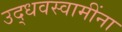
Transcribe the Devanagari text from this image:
उद्धवस्वामींना